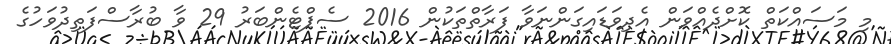
މި މަސައްކަތް ކޮށްދެއްވަން އެދިވަޑައިގަންނަވާ ފަރާތްތަކުން 2016 ސެޕްޓެންބަރު 29 ވާ ބުރާސްފަތިދުވަހުގެ